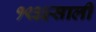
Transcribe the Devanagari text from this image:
१९३३साली